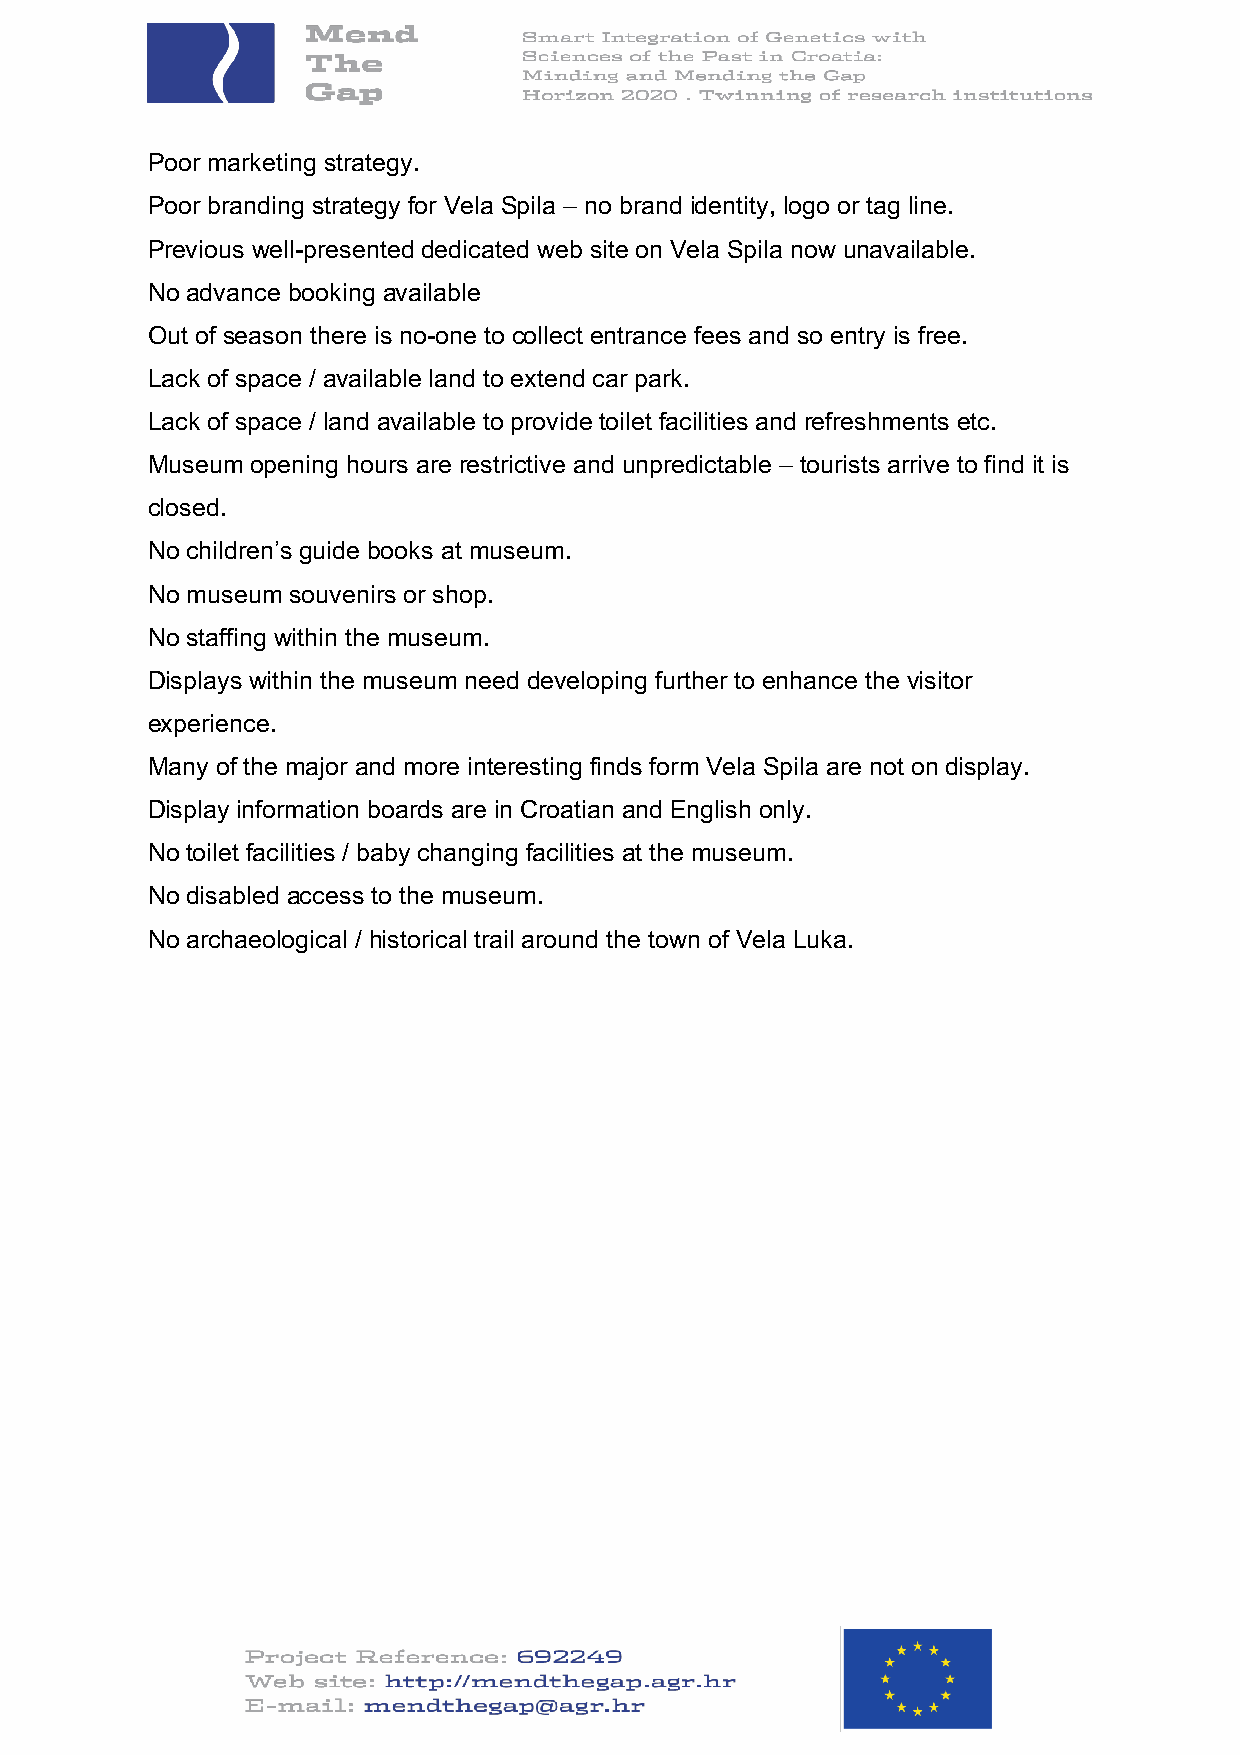
Poor marketing strategy.
 Poor branding strategy for Vela Spila – no brand identity, logo or tag line.
 Previous well-presented dedicated web site on Vela Spila now unavailable.
 No advance booking available
 Out of season there is no-one to collect entrance fees and so entry is free.
 Lack of space / available land to extend car park.
 Lack of space / land available to provide toilet facilities and refreshments etc.
 Museum opening hours are restrictive and unpredictable – tourists arrive to find it is
 closed.
 No children’s guide books at museum.
 No museum souvenirs or shop.
 No staffing within the museum.
 Displays within the museum need developing further to enhance the visitor
 experience.
 Many of the major and more interesting finds form Vela Spila are not on display.
 Display information boards are in Croatian and English only.
 No toilet facilities / baby changing facilities at the museum.
 No disabled access to the museum.
 No archaeological / historical trail around the town of Vela Luka.